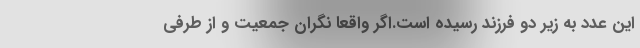
این عدد به زیر دو فرزند رسیده است.اگر واقعا نگران جمعیت و از طرفی